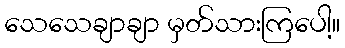
သေသေချာချာ မှတ်သားကြပေါ့။